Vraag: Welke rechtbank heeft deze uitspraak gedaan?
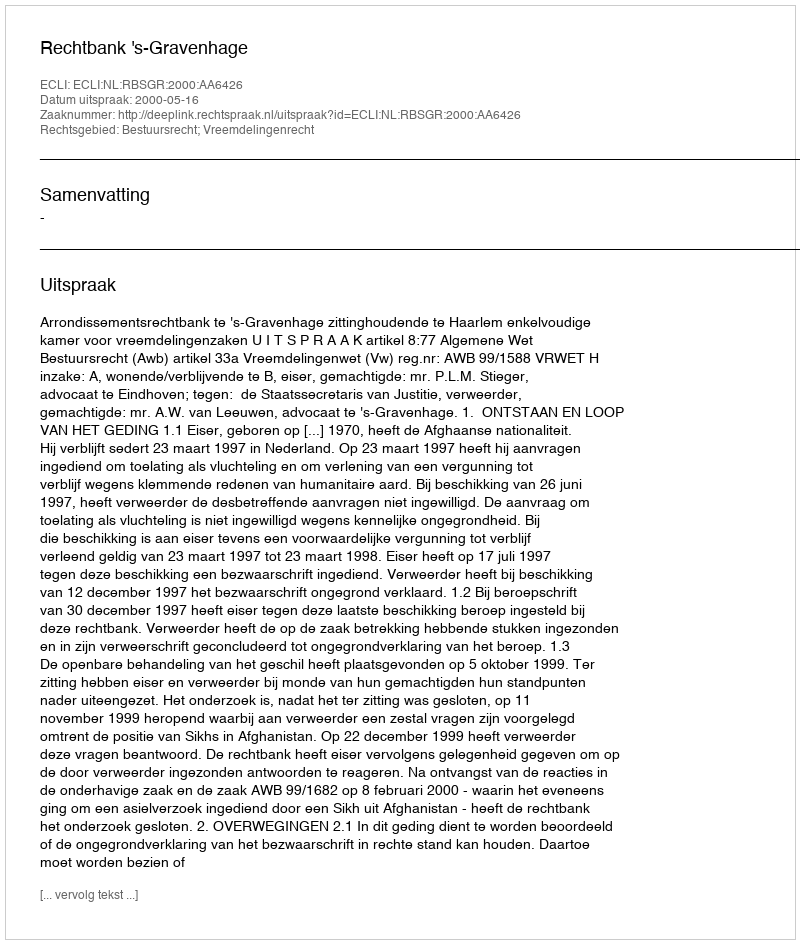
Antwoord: Rechtbank 's-Gravenhage